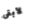
لأبقى